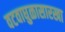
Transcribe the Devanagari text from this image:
वटवाघुळासारखा